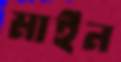
মাইন